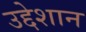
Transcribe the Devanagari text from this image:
उद्देशान